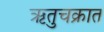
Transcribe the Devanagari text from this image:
ऋतुचक्रात